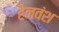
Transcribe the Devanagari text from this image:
हैनवंश